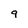
Character: 9